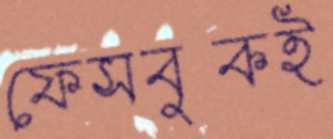
ফেসবুকই